Code of medical and sanitary regulations for the guidance of medical officers serving in the Madras Presidency - Volume II
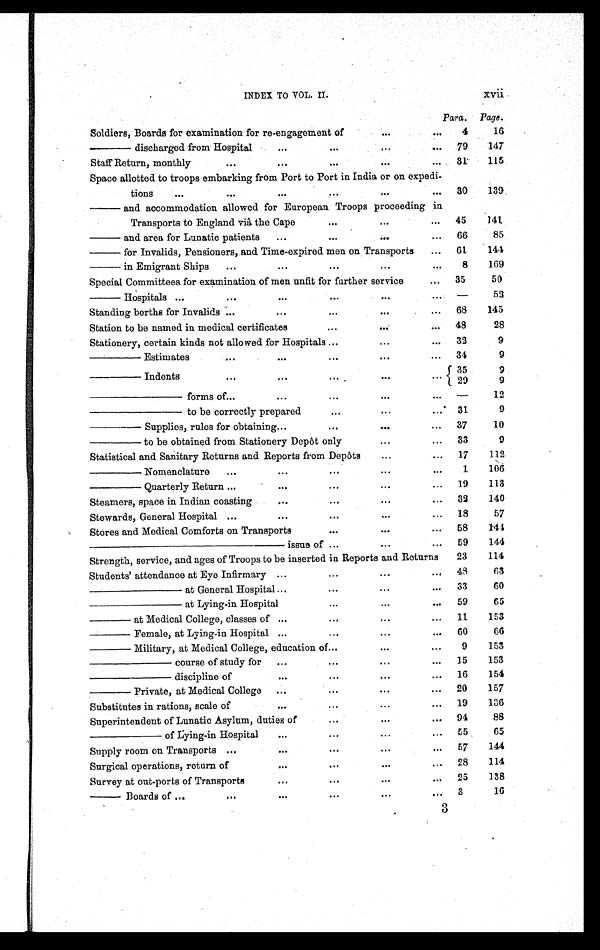
INDEX TO VOL. II. xvii
Para. Page.
Soldiers, Boards for examination for re-engagement of
. . .
...
4
16
———— discharged from Hospital
...
. . .
. . .
. . . 79
147
Staff Return, monthly
. . .
...
...
. . . ...
31
115
Space allotted to troops embarking from Port to Port in India or on expedi-
tions ...
. . .
. . .
. . .
. . .
. . . 30
139
——— and accommodation allowed for European Troops proceeding in
Transports to England viâ the Cape
...
. . .
... 45
141
——— and area for Lunatic patients ...
. . .
. . .
... 66
85
——— for Invalids, Pensioners, and Time-expired men on Transports
... 61
144
——— in Emigrant Ships
...
...
. . .
...
...
8
169
Special Committees for examination of men unfit for farther service
... 35
50
——— Hospitals ...
. . .
...
. . .
...
... —
52
Standing berths for Invalids ...
...
. . .
. . .
... 68
145
Station to be named in medical certificates
...
...
...
48
28
Stationery, certain kinds not allowed for Hospitals ...
. . .
... 32
9
———— Estimates
. . . ...
. . .
. . .
... 34
9
———— Indent s
...
...
. . .
. . . ... 35
9
29
9
— — — — — — — f o r m s o f . . .
...
...
...
... —
12
— — — — — — — — t o b e c o r r e c t l y p r e p a r e d
...
...
.... 31
9
— — — — S u p p l i e s , r u l e s f o r o b t a i n i n g . . .
...
. . .
... 37
10
———— to be obtained from Stationery Depôt only
. . .
... 33
9
Statistical and Sanitary Returns and Reports from Depôts
...
...
17
112
———— Nomenclature ...
...
...
...
...
1
106
———— Quarterly Return ...
...
. . .
. . .
... 19
113
Steamers, space in Indian coasting
...
. . .
. . . ...
32
140
Stewards, General Hospital ...
...
. . .
...
... 18
57
Stores and Medical Comforts on Transports
. . .
. . .
... 58
144
————————————————— issue of ...
. . .
... 59
144
Strength, service, and ages of Troops to be inserted in Reports and Returns
23
114
Students' attendance at Eye Infirmary ...
...
. . .
... 48
63
———————— at General Hospital ...
...
. . .
... 33
60
———————— at Lying-in Hospital
...
. . . ... 59
65
———— at Medical College, classes of ...
...
. . .
... 11
153
———— Female, at Lying-in Hospital ...
. . .
...
...
6 0
66
———— Military, at Medical College, education of ...
. . .
...
9
153
—————— cour se of st udy f or ...
. . .
...
... 15
153
—————— discipline of
...
. . .
...
... 16
154
———— Private, at Medical College ...
. . .
...
... 20
157
Substitutes in rations, scale of
...
. . .
...
... 19
136
Superintendent of Lunatic Asylum, duties of
. . .
...
... 94
88
—————— of Lying-in Hospital
...
. . .
...
... 55
65
Supply room on Transports ...
...
. . .
. . .
... 57
144
Surgical operations, return of
...
. . .
. . .
... 28
114
Survey at out-ports of Transports
...
...
. . . ... 25
138
— — — B o a r d s o f . . .
...
...
. . .
. . . ... 3
16
3